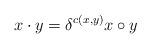
LaTeX: \begin{align*} x\cdot y = \delta^{c(x,y)}x\circ y\end{align*}